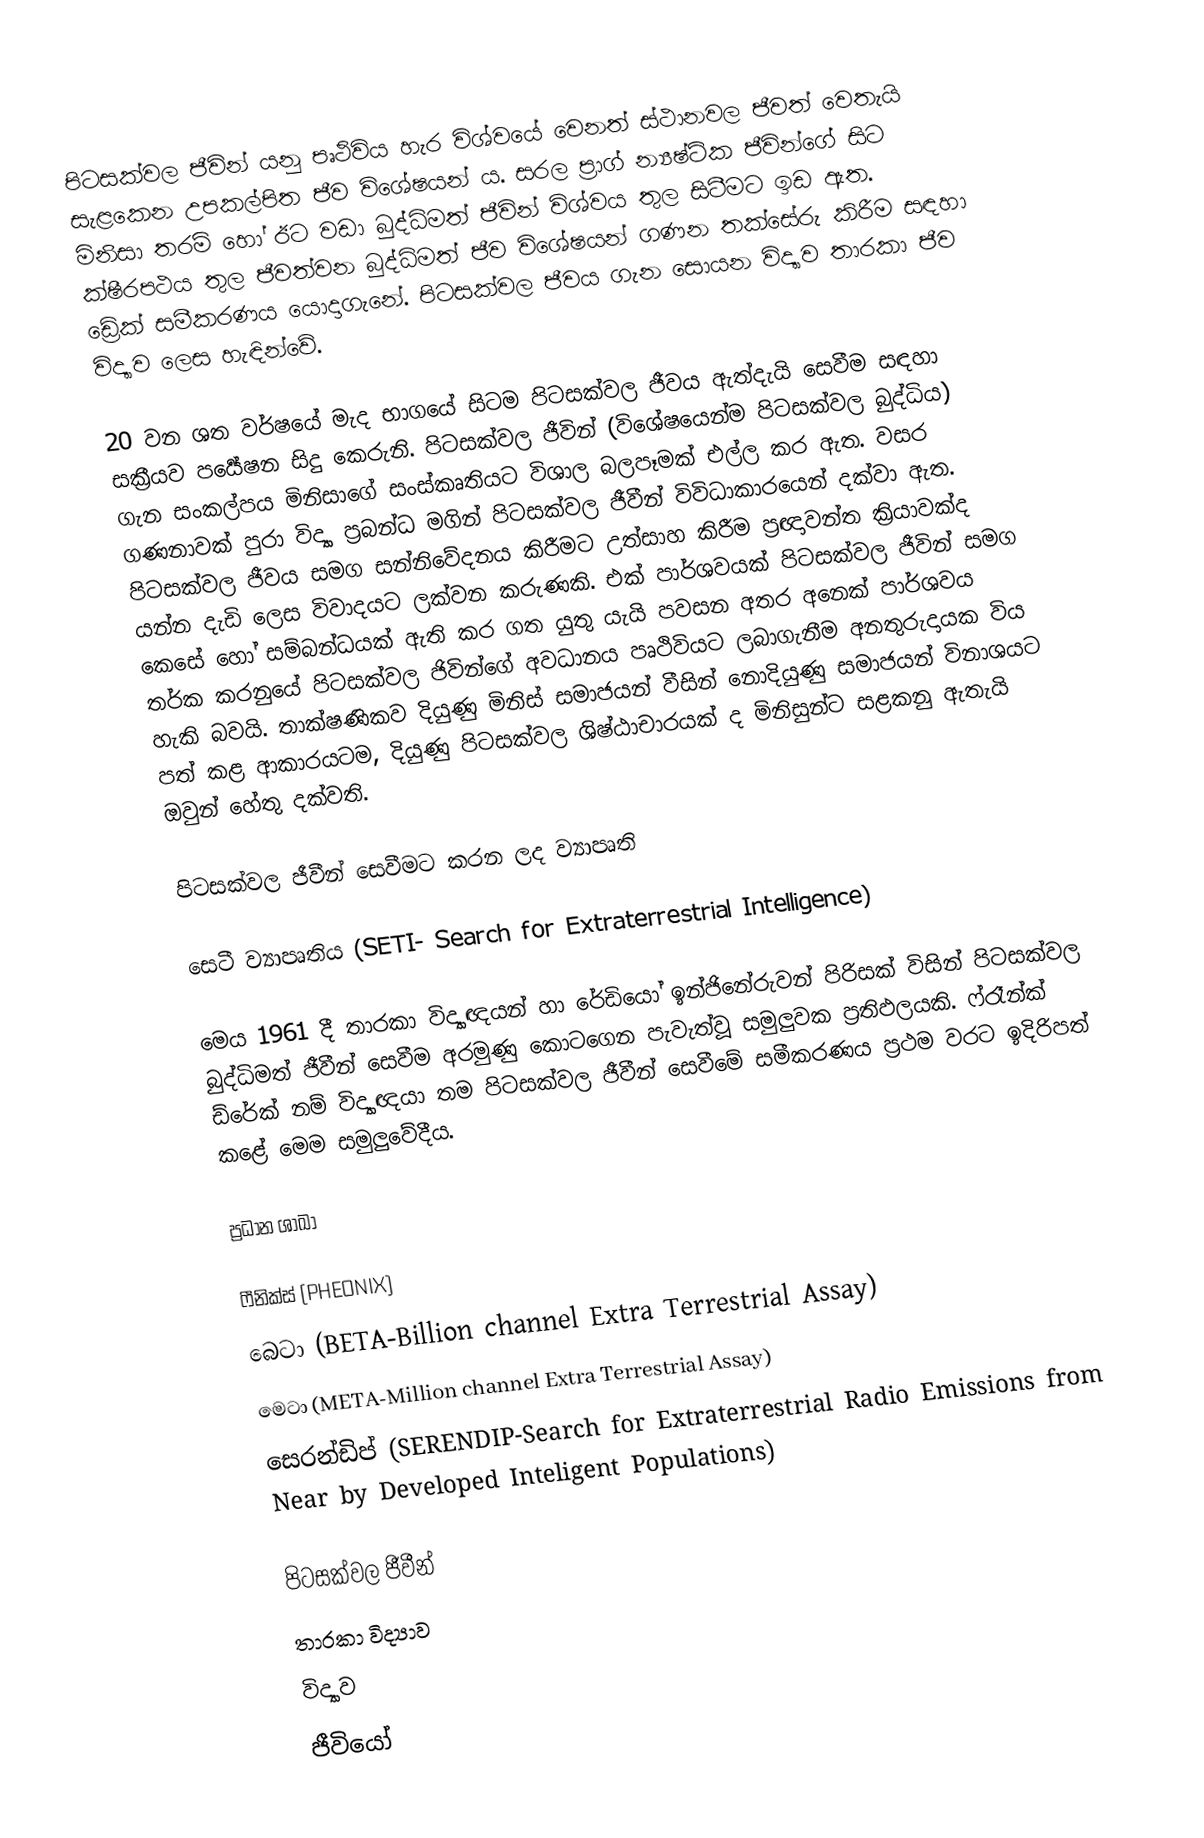
පිටසක්වල ජීවින් යනු පෘථිවිය හැර විශ්වයේ වෙනත් ස්ථානවල ජීවත් වෙතැයි සැළකෙන උපකල්පිත ජීව විශේෂයන්‍ ය. සරල ප්‍රාග් න්‍යෂ්ටික ජීවින්ගේ සිට මිනිසා තරම් හෝ ඊට වඩා බුද්ධිමත් ජීවින් විශ්වය තුල සිටීමට ඉඩ ඇත. ක්ෂීරපථය තුල ජීවත්වන බුද්ධිමත් ජීව විශේෂයන් ගණන තක්සේරු කිරීම සඳහා ඩ්‍රේක් සමීකරණය යොදාගැනේ. පිටසක්වල ජීවය ගැන සොයන විද්‍යාව තාරකා ජීව විද්‍යාව ලෙස හැඳින්වේ.

20 වන ශත වර්ෂයේ මැද භාගයේ සිටම පිටසක්වල ජීවය ඇත්දැයි සෙවීම සඳහා සක්‍රීයව පර්‍යේෂන සිදු කෙරුනි. පිටසක්වල ජීවින් (විශේෂයෙන්ම පිටසක්වල බුද්ධිය) ගැන සංකල්පය  මිනිසාගේ සංස්කෘතියට විශාල බලපෑමක් එල්ල කර ඇත. වසර ගණනාවක් පුරා විද්‍යා ප්‍රබන්ධ මගින් පිටසක්වල ජීවීන් විවිධාකාරයෙන් දක්වා ඇත. පිටසක්වල ජීවය සමග සන්නිවේදනය කිරීමට උත්සාහ කිරීම ප්‍රඥාවන්ත ක්‍රියාවක්ද යන්න දැඩි ලෙස විවාදයට ලක්වන කරුණකි. එක් පාර්ශවයක් පිටසක්වල ජීවින් සමග කෙසේ හෝ සම්බන්ධයක් ඇති කර ගත යුතු යැයි පවසන අතර අනෙක් පාර්ශවය තර්ක කරනුයේ පිටසක්වල ජිවින්ගේ අවධානය පෘථිවියට ලබාගැනීම අනතුරුදායක විය හැකි බවයි. තාක්ෂණිකව දියුණු මිනිස් සමාජයන් වීසින් නොදියුණු සමාජයන් විනාශයට පත් කළ ආකාරයටම, දියුණු පිටසක්වල ශිෂ්ඨාචාරයක් ද මිනිසුන්ට සළකනු ඇතැයි ඔවුන් හේතු දක්වති.

පිටසක්වල ජීවීන් සෙවීමට කරන ලද ව්‍යාපෘති

සෙටී ව්‍යාපෘතිය (SETI- Search for Extraterrestrial Intelligence)

මෙය 1961 දී තාරකා විද්‍යාඥයන් හා රේඩියෝ ඉන්ජිනේරුවන් පිරිසක් විසින් පිටසක්වල බුද්ධිමත් ජීවීන් සෙවීම අරමුණු කොටගෙන පැවැත්වූ සමුලුවක ප්‍රතිඵලයකි. ෆ්රෑන්ක් ඩ්රේක් නම් විද්‍යාඥයා තම පිටසක්වල ජීවීන් සෙවීමේ සමීකරණය ප්‍රථම වරට ඉදිරිපත් කළේ මෙම සමුලුවේදීය.

ප්‍රධාන ශාඛා

 ෆීනික්ස් (PHEONIX)
 බෙටා (BETA-Billion channel Extra Terrestrial Assay)
 මෙටා (META-Million channel Extra Terrestrial Assay)
 සෙරන්ඩිප් (SERENDIP-Search for Extraterrestrial Radio Emissions from Near by Developed Inteligent Populations)

පිටසක්වල ජීවීන්
තාරකා විද්‍යාව
විද්‍යාව
ජීවියෝ